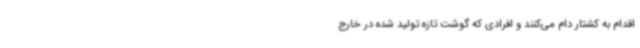
اقدام به کشتار دام می‌کنند و افرادی که گوشت تازه تولید شده در خارج